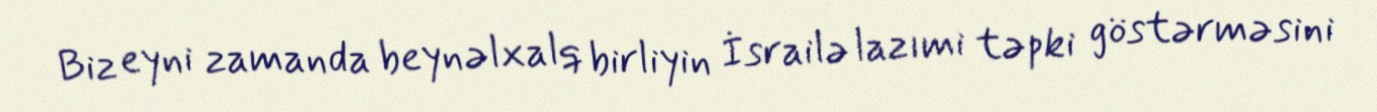
Biz eyni zamanda beynəlxalq birliyin İsrailə lazımi təpki göstərməsini